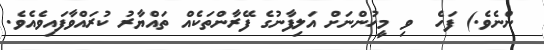
ންނެވެ.) ފަހެ  ވި މީހުންނަށް އަލިފާނުގެ ފޭރާންތަކެއް ތައްޔާރު ކުރައްވާފައިވެއެވެ.